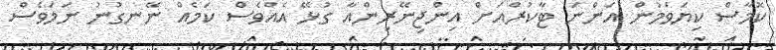
ކޮމާސް ކިޔަވަމުން އަންނަ ޓާކުރްއަށް އިންޖިނޭރިންއާ ގުޅޭ އެއްވެސް ކަމެއް ނޭނގުނު ނަމަވެސް